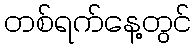
တစ်ရက်နေ့တွင်